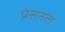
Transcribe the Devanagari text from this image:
प्रेसनल